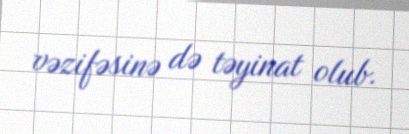
vəzifəsinə də təyinat olub.